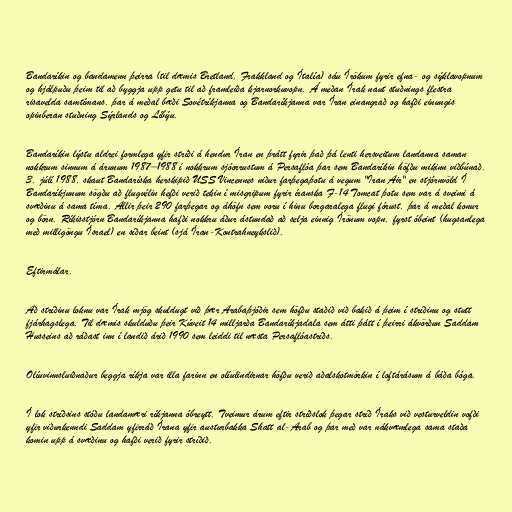
Bandaríkin og bandamenn þeirra (til dæmis Bretland, Frakkland og Ítalía) sáu Írökum fyrir efna- og sýklavopnum
og hjálpuðu þeim til að byggja upp getu til að framleiða kjarnorkuvopn. Á meðan Írak naut stuðnings flestra
risavelda samtímans, þar á meðal bæði Sovétríkjanna og Bandaríkjanna var Íran einangrað og hafði einungis
opinberan stuðning Sýrlands og Líbýu.

Bandaríkin lýstu aldrei formlega yfir stríði á hendur Íran en þrátt fyrir það þá lenti hersveitum landanna saman
nokkrum sinnum á árunum 1987–1988 í nokkrum sjóorrustum á Persaflóa þar sem Bandaríkin höfðu mikinn viðbúnað.
3. júlí 1988, skaut Bandaríska herskipið USS Vincennes niður farþegaþotu á vegum "Iran Air" en stjórnvöld Í
Bandaríkjunum sögðu að flugvélin hefði verið tekin í misgripum fyrir íranska F-14 Tomcat þotu sem var á sveimi á
svæðinu á sama tíma. Allir þeir 290 farþegar og áhöfn sem voru í hinu borgaralega flugi fórust, þar á meðal konur
og börn. Ríkisstjórn Bandaríkjanna hafði nokkru áður ástundað að selja einnig Írönum vopn, fyrst óbeint (hugsanlega
með milligöngu Ísrael) en síðar beint (sjá Íran-Kontrahneykslið).

Eftirmálar.

Að stríðinu loknu var Írak mjög skuldugt við þær Arabaþjóðir sem höfðu staðið við bakið á þeim í stríðinu og stutt
fjárhagslega. Til dæmis skulduðu þeir Kúveit 14 milljarða Bandaríkjadala sem átti þátt í þeirri ákvörðun Saddam
Husseins að ráðast inn í landið árið 1990 sem leiddi til næsta Persaflóastríðs.

Olíuvinnsluiðnaður beggja ríkja var illa farinn en olíulindirnar höfðu verið aðalskotmörkin í loftárásum á báða bóga.

Í lok stríðsins stóðu landamæri ríkjanna óbreytt. Tveimur árum eftir stríðslok þegar stríð Íraks við vesturveldin vofði
yfir viðurkenndi Saddam yfirráð Írana yfir austurbakka Shatt al-Arab og þar með var nákvæmlega sama staða
komin upp á svæðinu og hafði verið fyrir stríðið.